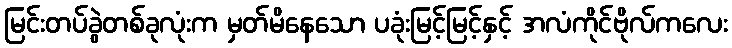
မြင်းတပ်ခွဲတစ်ခုလုံးက မှတ်မိနေသော ပခုံးမြင့်မြင့်နှင့် အလံကိုင်ဗိုလ်ကလေး